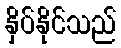
နှိပ်နိုင်သည်